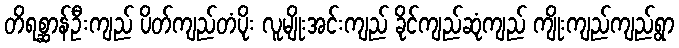
တိရစ္ဆာန်ဦးကျည် ပိတ်ကျည်တံပိုး လူမျိုးအင်းကျည် ခိုင်ကျည်ဆုံကျည် ကျိုးကျည်ကျည်ရွာ